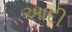
આદી